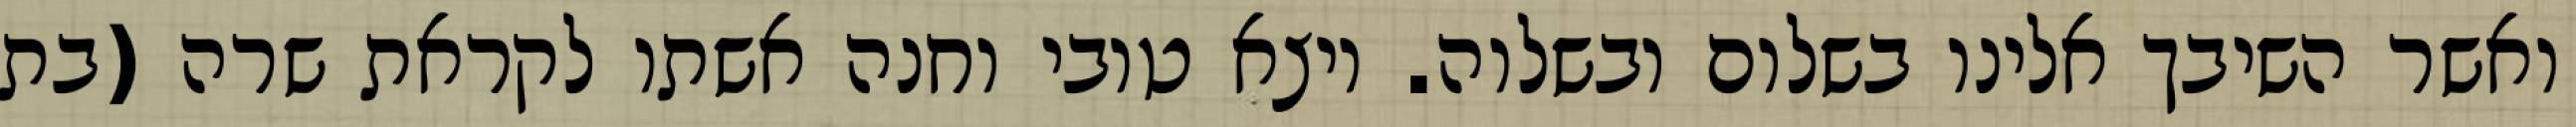
ואשר השיבך אלינו בשלום ובשלוה. ויצא טובי וחנה אשתו לקראת שרה (בת